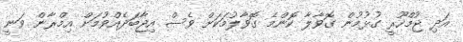
އަދި ޖުމްހޫރީ ގުޅުމުން ގޮވާލާ ކޮންމެ ގޮވާލުމަކަށް ވެސް އިޖާބަދެއްވުމަށް އިމްރާން ވަނީ